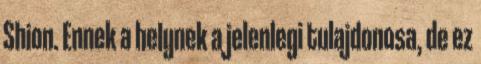
Shion. Ennek a helynek a jelenlegi tulajdonosa, de ez